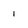
Character: 1